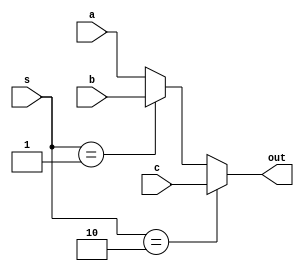
module Mux3 #(parameter Width = 32)
(
    input [Width-1 : 0] a,b,c,
    input  [1:0] s,
    output [Width-1 : 0] out
);
assign out = (s == 2'b10) ? c : (s == 2'b01) ? b : a;
endmodule